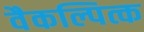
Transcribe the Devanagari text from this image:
वैकल्पित्क